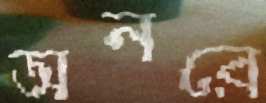
অনরে